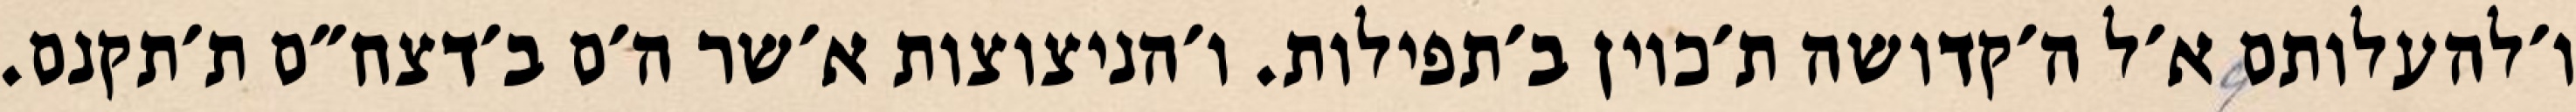
ו׳להעלותם א׳ל ה׳קדושה ת׳כוין ב׳תפילות. ו׳הניצוצות א׳שר ה׳ם ב׳דצח״ם ת׳תקנם.